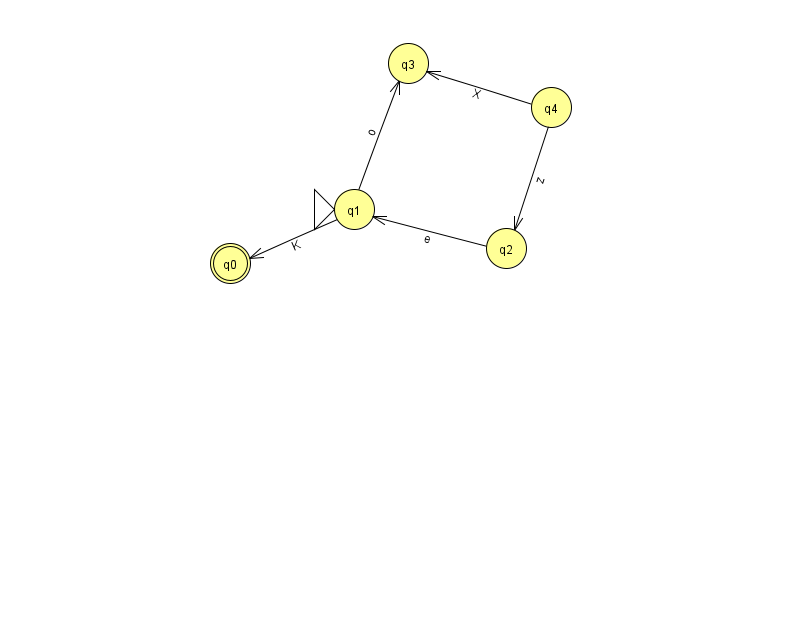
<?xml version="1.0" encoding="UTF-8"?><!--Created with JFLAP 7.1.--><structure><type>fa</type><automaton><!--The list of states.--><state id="0" name="q0"><x>230.0</x><y>250.0</y><final/></state><state id="1" name="q1"><x>354.0</x><y>196.0</y><initial/></state><state id="2" name="q2"><x>506.0</x><y>235.0</y></state><state id="3" name="q3"><x>408.0</x><y>50.0</y></state><state id="4" name="q4"><x>551.0</x><y>94.0</y></state><!--The list of transitions.--><transition><from>4</from><to>2</to><read>z</read></transition><transition><from>2</from><to>1</to><read>e</read></transition><transition><from>4</from><to>3</to><read>X</read></transition><transition><from>1</from><to>3</to><read>o</read></transition><transition><from>1</from><to>0</to><read>K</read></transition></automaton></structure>